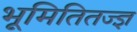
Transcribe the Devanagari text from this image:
भूमितितज्ज्ञ